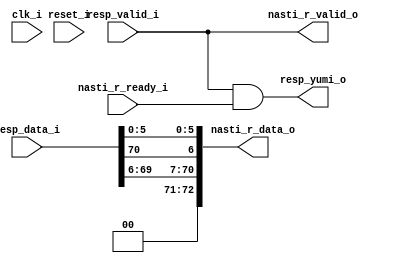
module bsg_nasti_client_resp
(
  clk_i,
  reset_i,
  nasti_r_valid_o,
  nasti_r_data_o,
  nasti_r_ready_i,
  resp_valid_i,
  resp_data_i,
  resp_yumi_o
);

  output [72:0] nasti_r_data_o;
  input [72:0] resp_data_i;
  input clk_i;
  input reset_i;
  input nasti_r_ready_i;
  input resp_valid_i;
  output nasti_r_valid_o;
  output resp_yumi_o;
  wire [72:0] nasti_r_data_o;
  wire nasti_r_valid_o,resp_yumi_o,resp_valid_i;
  assign nasti_r_data_o[71] = 1'b0;
  assign nasti_r_data_o[72] = 1'b0;
  assign nasti_r_valid_o = resp_valid_i;
  assign nasti_r_data_o[70] = resp_data_i[69];
  assign nasti_r_data_o[69] = resp_data_i[68];
  assign nasti_r_data_o[68] = resp_data_i[67];
  assign nasti_r_data_o[67] = resp_data_i[66];
  assign nasti_r_data_o[66] = resp_data_i[65];
  assign nasti_r_data_o[65] = resp_data_i[64];
  assign nasti_r_data_o[64] = resp_data_i[63];
  assign nasti_r_data_o[63] = resp_data_i[62];
  assign nasti_r_data_o[62] = resp_data_i[61];
  assign nasti_r_data_o[61] = resp_data_i[60];
  assign nasti_r_data_o[60] = resp_data_i[59];
  assign nasti_r_data_o[59] = resp_data_i[58];
  assign nasti_r_data_o[58] = resp_data_i[57];
  assign nasti_r_data_o[57] = resp_data_i[56];
  assign nasti_r_data_o[56] = resp_data_i[55];
  assign nasti_r_data_o[55] = resp_data_i[54];
  assign nasti_r_data_o[54] = resp_data_i[53];
  assign nasti_r_data_o[53] = resp_data_i[52];
  assign nasti_r_data_o[52] = resp_data_i[51];
  assign nasti_r_data_o[51] = resp_data_i[50];
  assign nasti_r_data_o[50] = resp_data_i[49];
  assign nasti_r_data_o[49] = resp_data_i[48];
  assign nasti_r_data_o[48] = resp_data_i[47];
  assign nasti_r_data_o[47] = resp_data_i[46];
  assign nasti_r_data_o[46] = resp_data_i[45];
  assign nasti_r_data_o[45] = resp_data_i[44];
  assign nasti_r_data_o[44] = resp_data_i[43];
  assign nasti_r_data_o[43] = resp_data_i[42];
  assign nasti_r_data_o[42] = resp_data_i[41];
  assign nasti_r_data_o[41] = resp_data_i[40];
  assign nasti_r_data_o[40] = resp_data_i[39];
  assign nasti_r_data_o[39] = resp_data_i[38];
  assign nasti_r_data_o[38] = resp_data_i[37];
  assign nasti_r_data_o[37] = resp_data_i[36];
  assign nasti_r_data_o[36] = resp_data_i[35];
  assign nasti_r_data_o[35] = resp_data_i[34];
  assign nasti_r_data_o[34] = resp_data_i[33];
  assign nasti_r_data_o[33] = resp_data_i[32];
  assign nasti_r_data_o[32] = resp_data_i[31];
  assign nasti_r_data_o[31] = resp_data_i[30];
  assign nasti_r_data_o[30] = resp_data_i[29];
  assign nasti_r_data_o[29] = resp_data_i[28];
  assign nasti_r_data_o[28] = resp_data_i[27];
  assign nasti_r_data_o[27] = resp_data_i[26];
  assign nasti_r_data_o[26] = resp_data_i[25];
  assign nasti_r_data_o[25] = resp_data_i[24];
  assign nasti_r_data_o[24] = resp_data_i[23];
  assign nasti_r_data_o[23] = resp_data_i[22];
  assign nasti_r_data_o[22] = resp_data_i[21];
  assign nasti_r_data_o[21] = resp_data_i[20];
  assign nasti_r_data_o[20] = resp_data_i[19];
  assign nasti_r_data_o[19] = resp_data_i[18];
  assign nasti_r_data_o[18] = resp_data_i[17];
  assign nasti_r_data_o[17] = resp_data_i[16];
  assign nasti_r_data_o[16] = resp_data_i[15];
  assign nasti_r_data_o[15] = resp_data_i[14];
  assign nasti_r_data_o[14] = resp_data_i[13];
  assign nasti_r_data_o[13] = resp_data_i[12];
  assign nasti_r_data_o[12] = resp_data_i[11];
  assign nasti_r_data_o[11] = resp_data_i[10];
  assign nasti_r_data_o[10] = resp_data_i[9];
  assign nasti_r_data_o[9] = resp_data_i[8];
  assign nasti_r_data_o[8] = resp_data_i[7];
  assign nasti_r_data_o[7] = resp_data_i[6];
  assign nasti_r_data_o[6] = resp_data_i[70];
  assign nasti_r_data_o[5] = resp_data_i[5];
  assign nasti_r_data_o[4] = resp_data_i[4];
  assign nasti_r_data_o[3] = resp_data_i[3];
  assign nasti_r_data_o[2] = resp_data_i[2];
  assign nasti_r_data_o[1] = resp_data_i[1];
  assign nasti_r_data_o[0] = resp_data_i[0];
  assign resp_yumi_o = resp_valid_i & nasti_r_ready_i;

endmodule